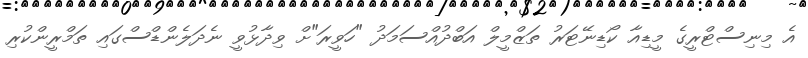
އެ މިނިސްޓްރީގެ މީޑިއާ ކޯޑިނޭޓަރު ތަޒްމީލް އަބްދުއްސަމަދު "ހަވީރަ"ށް ވިދާޅުވީ ނެދަލެންޑްސްގައި ތަމްރީންކުރި